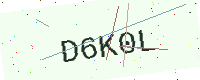
Text: D6K0L